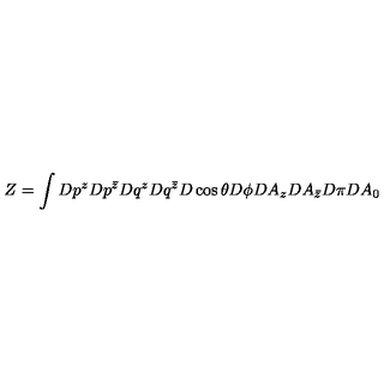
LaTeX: Z = \int D p ^ { z } D p ^ { \bar { z } } D q ^ { z } D q ^ { \bar { z } } D \cos \theta D \phi D A _ { z } D A _ { \bar { z } } D \pi D A _ { 0 }